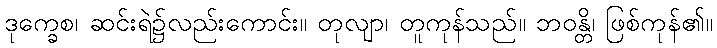
ဒုက္ခေစ၊ ဆင်းရဲ၌လည်းကောင်း။ တုလျာ၊ တူကုန်သည်။ ဘဝန္တိ၊ ဖြစ်ကုန်၏။